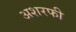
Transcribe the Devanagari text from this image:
अशरफी